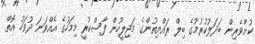
ކުށްވެރިން ބަދަލުކުރުމުގެ ބިލް ރައްޔިތުންގެ މަޖިލީހުން ފާސްކުރީ މިމަހުގެ އެއްވަނަ ދުވަހު އޮތް